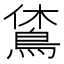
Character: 𪀪